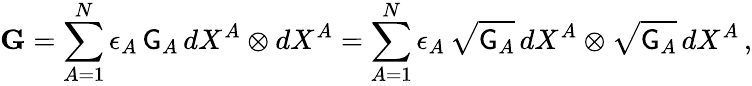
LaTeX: \mathbf{G}=\sum_{A=1}^{N}\epsilon_{A}\, \mathsf{G}_{A}\, dX^{A}\otimes dX^{A}=\sum_{A=1}^{N}\epsilon_{A}\, \sqrt{\mathsf{G}_{A}}\, dX^{A}\otimes\sqrt{\mathsf{G}_{A}}\, dX^{A}\, ,